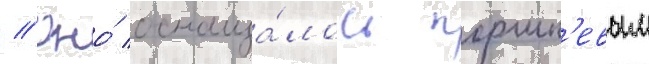
// Оно́ оснаща́лось поршн'евым